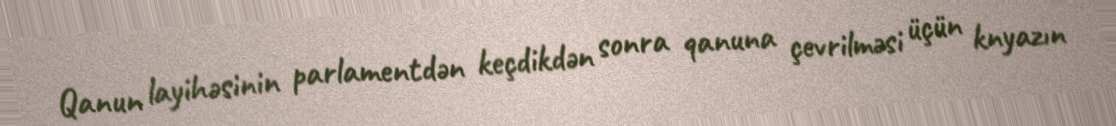
Qanun layihəsinin parlamentdən keçdikdən sonra qanuna çevrilməsi üçün knyazın